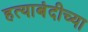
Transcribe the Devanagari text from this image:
हत्याबंदीच्या